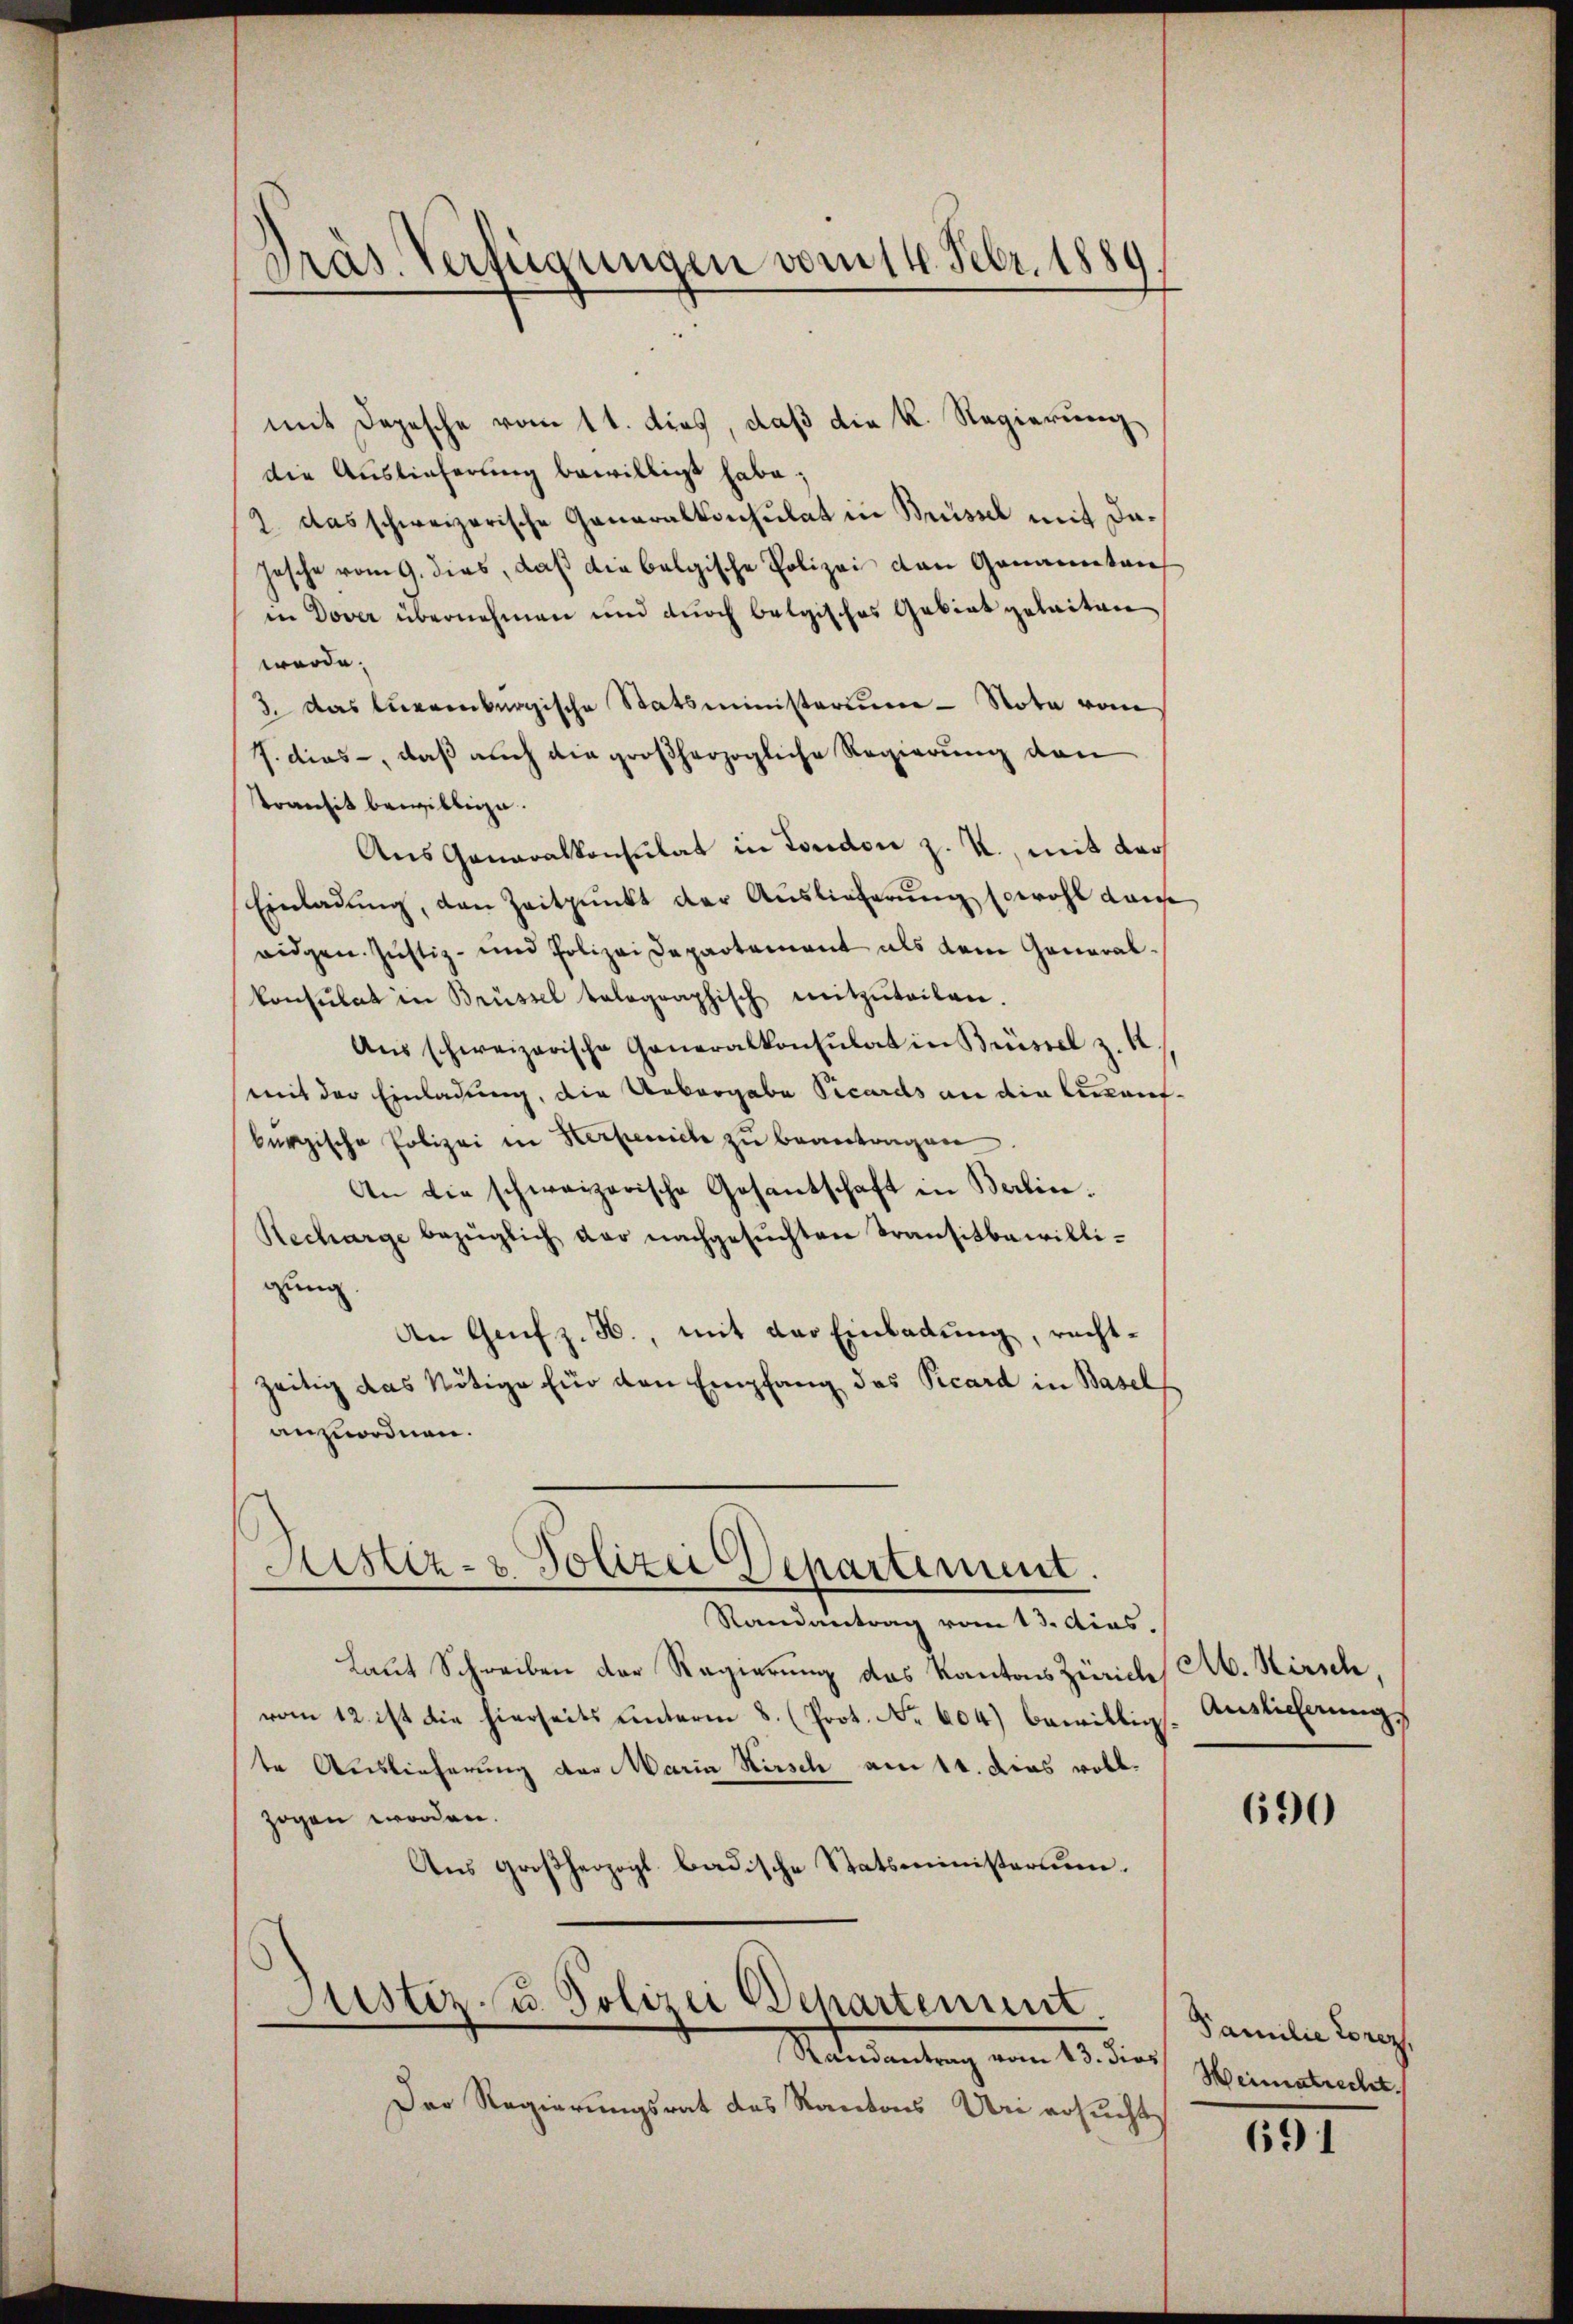
Präs. Verfügungen vom 14. Febr. 1889

mit Depesche vom 11. dies, daß die K. Regierung
die Auslieferung bewilligt habe;
2. das schweizerische Generalkonsulat in Brüssel mit da¬
Jesche vom 9. dies, daß die belgische Polizei den Genannten
in Dover übernehmen und durch belgisches Gebiet geleiten
werde.
3. Das Euerenbergische Statsministerium - Note vom
J. dies, daß auch die großherzogliche Regierung den
transit bewillige.
Aus Ganaralkonsulat in London z. R., mit dar
Einladung, den Zeitpunkt der Auslieferung sowohl dam
ridgen. Justiz- und Polizei Departement als dem Generalkonsulat in Brüssel telegraphisch mitzŭteilen.
Aus schweizerische Generalkonsulat in Brüssel z. K.
mit der Einladung, die Uebergabe Vicards an die Einkaufkurgische Polizei in Herzeich zŭ beantragen.
An die schweizerische Gesantschaft in Berlin.
Recharge bezüglich der nachgesuchten Transitbewilligung
An Genf z. H., mit der Einladung, rechtzeitig das Nötige für den Empfang das Vicard in Basel
anzuordnen.
Sistiz- & Polizei Departement.
Randantrag vom 13. dies.
Laut Schreiben der Regierung des Kantons Zürich Ab. Hirsch,
vom 12. ist die hierseits unterm 8. (Prot. No. 604) bewillig
te Auslieferung der Maria Hirsch am 11. dies vollzogen worden.
Aus Großherzogt badische Statsministerium.
Justiz- u. Polizei Departement

Madamentrag vom 15 des

Der Regierungsrat des Kantons Uri ersucht

Auslieferung

690

Familie Lorez
Weimatrecht.

691